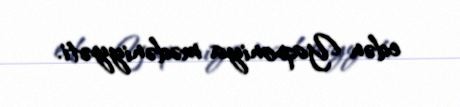
edən Yaponiya mədəniyyəti.